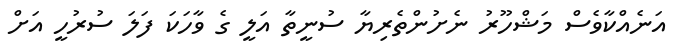
އަނެއްކާވެސް މަޝްހޫރު ނެށުންތެރިޔާ ސުނީތާ އަލީ ގެ ވާހަކަ ފަލަ ސުރުހީ އަށް